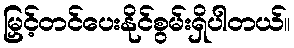
မြှင့်တင်ပေးနိုင်စွမ်းရှိပါတယ်။